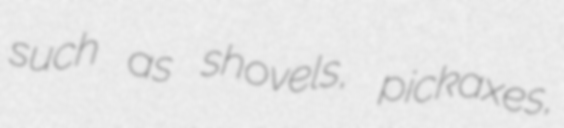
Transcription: such as shovels, pickaxes,